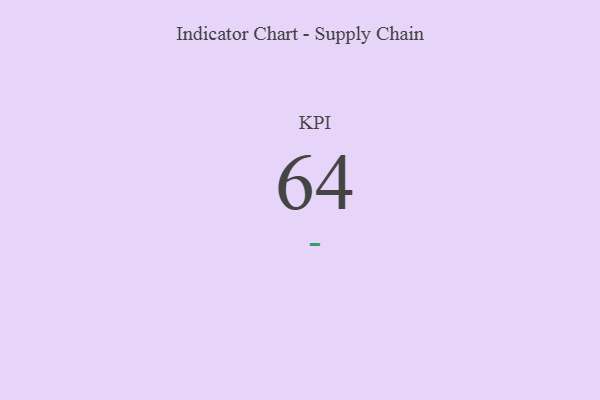
{"axis": {"x": "KPI", "y": "Value"}, "legend": [""], "data": [{"x": "KPI", "y": 64, "type": ""}]}